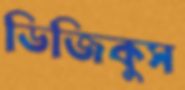
ডিজিকুস